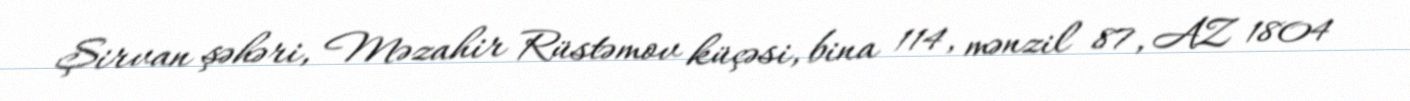
Şirvan şəhəri, Məzahir Rüstəmov küçəsi, bina 114, mənzil 87, AZ 1804